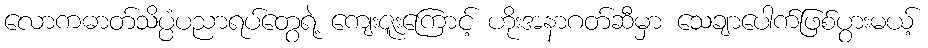
လောကဓာတ်သိပ္ပံပညာရပ်တွေရဲ့ ကျေးဇူးကြောင့် ဟိုးအနာဂတ်ဆီမှာ သေချာပေါက်ဖြစ်ပွားမယ့်